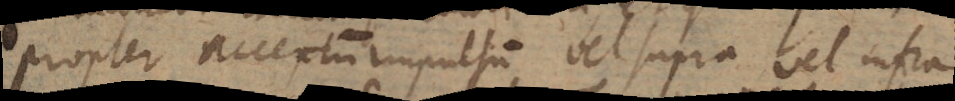
propter acceptum impulsum vel supra vel infra